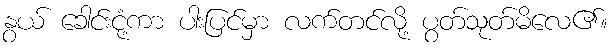
နွယ် ခေါင်းငုံ့ကာ ပါးပြင်မှာ လက်တင်လို့ ပွတ်သုတ်မိလေ၏။